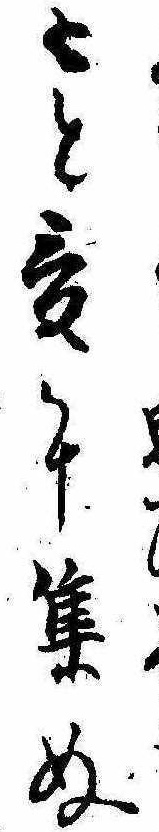
もと爰に集ぬ